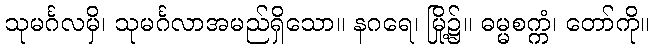
သုမင်္ဂလမှိ၊ သုမင်္ဂလာအမည်ရှိသော။ နဂရေ၊ မြို့၌။ ဓမ္မစက္ကံ၊ တော်ကို။